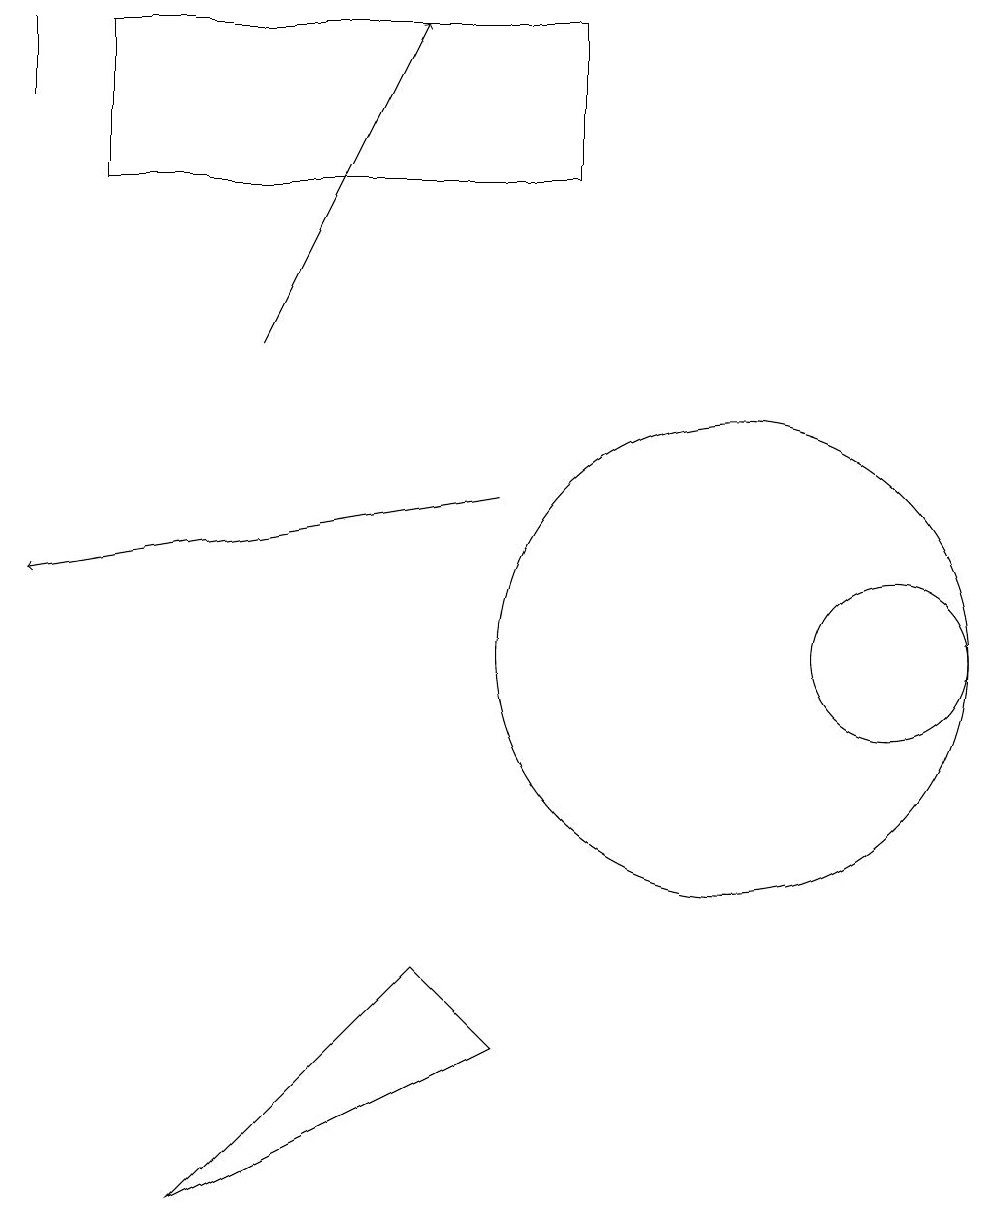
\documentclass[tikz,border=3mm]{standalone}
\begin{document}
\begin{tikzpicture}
\draw[->] (7,13) -- (1,12);
\draw (12,11) circle (1);
\draw[->] (4,15) -- (6,19);
\draw (3,4) -- (6,7) -- (7,6) -- cycle;
\draw (10,11) circle (3);
\draw (2,17) rectangle (8,19);
\draw (1,19) rectangle (1,18);
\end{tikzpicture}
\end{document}